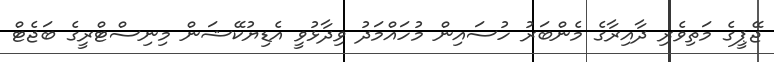
ޖޭޕީގެ މަތިވެރި ދާއިރާގެ މެންބަރު ހުސައިން މުހައްމަދު ވިދާޅުވީ އެޑިޔުކޭޝަން މިނިސްޓްރީގެ ބަޖެޓް